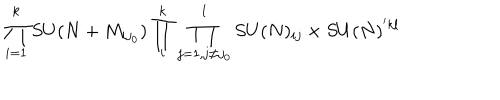
\prod _ { i = 1 } ^ { k } S U ( N + M _ { i j _ { 0 } } ) \prod _ { i } ^ { k } \prod _ { j = 1 , j \ne j _ { 0 } } ^ { l } S U ( N ) _ { i j } \times S U ( N ) ^ { ' k l }